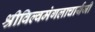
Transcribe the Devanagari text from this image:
श्रीविल्वमंगलाचार्यजी